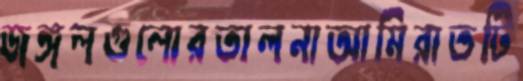
জঙ্গলগুলোরতালনাআমিরাতটি